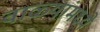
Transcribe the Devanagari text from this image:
वाळ्यांमध्ये